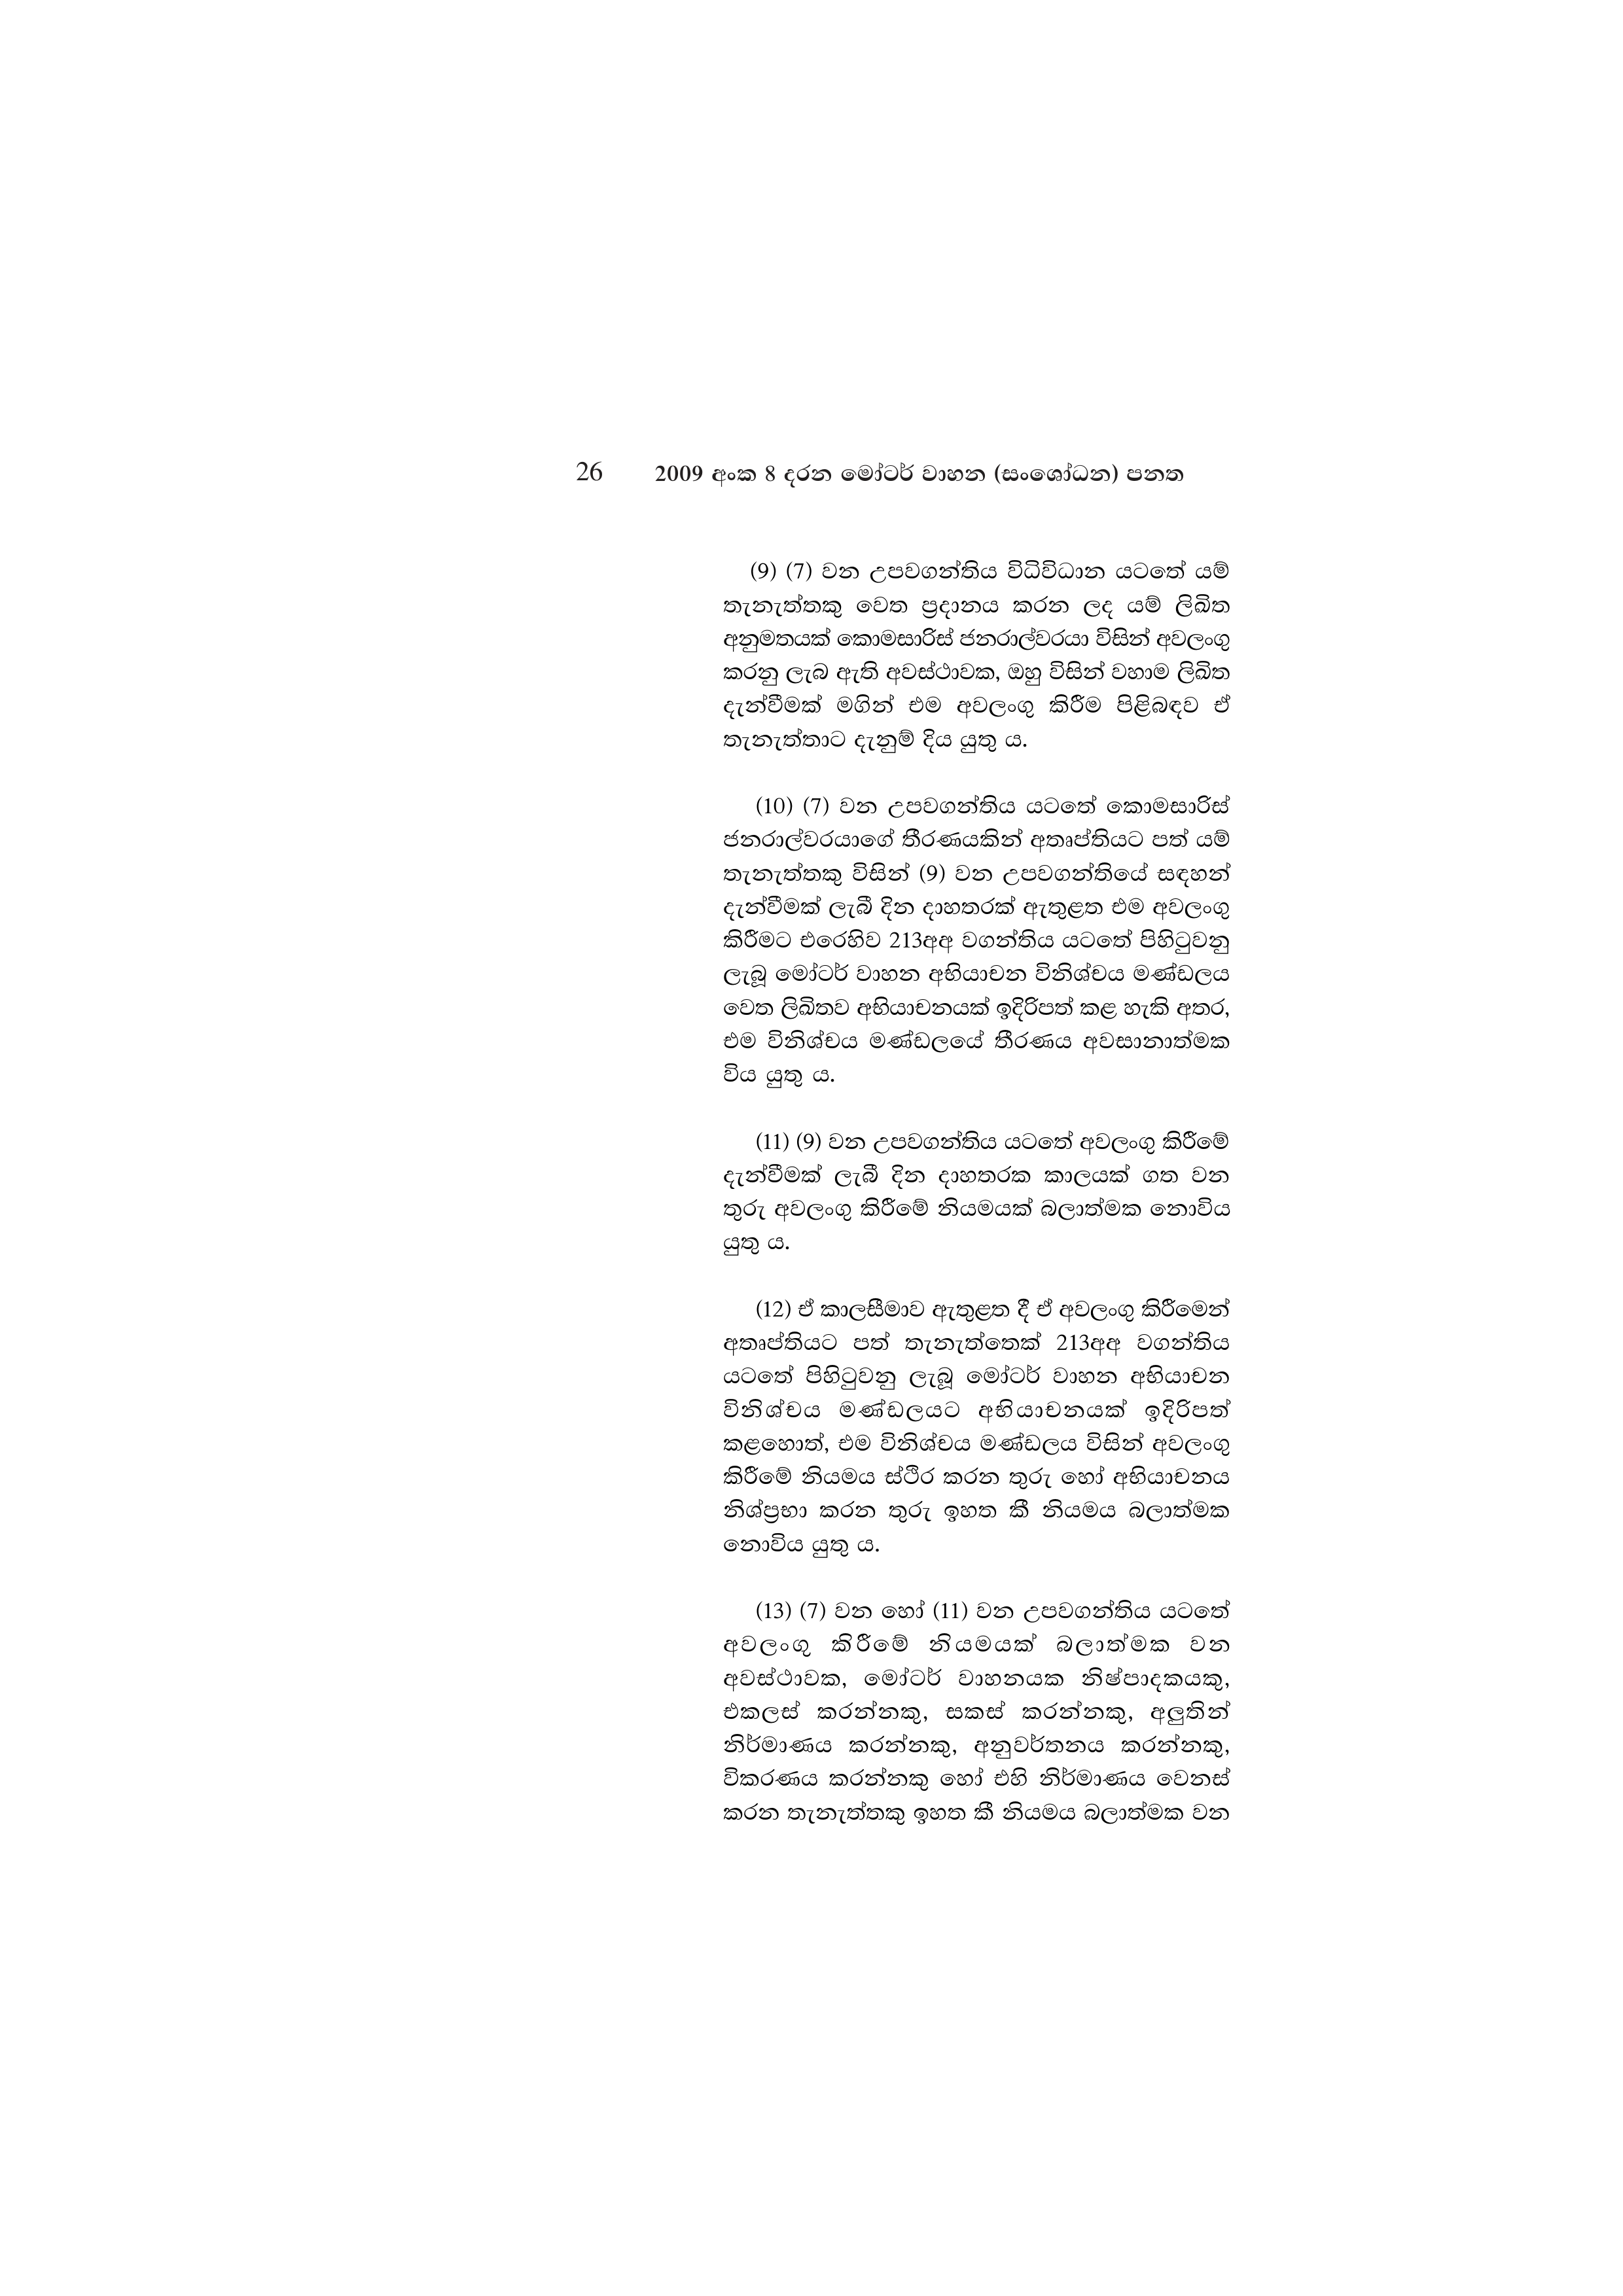
26 2009 අංක 8 දරන මෝටර් වාහන (සංශෝධන) පනත

(9) (7) වන උපවගන්තිය විධිවිධාන යටතේ යම්
තැනැත්තකු වෙත ප්‍රදානය කරන ලද යම් ලිඛිත
අනුමතයක් කොමසාරිස් ජනරාල්වරයා විසින් අවලංගු
කරනු ලැබ ඇති අවස්ථාවක, ඔහු විසින් වහාම ලිඛිත
දැන්වීමක් මගින් එම අවලංගු කිරීම පිළිබඳව ඒ
තැනැත්තාට දැනුම් දිය යුතු ය.

(10) (7) වන උපවගන්තිය යටතේ කොමසාරිස්
ජනරාල්වරයාගේ තීරණයකින් අතෘප්තියට පත් යම්
තැනැත්තකු විසින් (9) වන උපවගන්තියේ සඳහන්
දැන්වීමක් ලැබී දින දාහතරක් ඇතුළත එම අවලංගු
කිරීමට එරෙහිව 213අඅ වගන්තිය යටතේ පිහිටුවනු
ලැබූ මෝටර් වාහන අභියාචන විනිශ්චය මණ්ඩලය
වෙත ලිඛිතව අභියාචනයක් ඉදිරිපත් කළ හැකි අතර,
එම විනිශ්චය මණ්ඩලයේ තීරණය අවසානාත්මක
විය යුතු ය.

(11) (9) වන උපවගන්තිය යටතේ අවලංගු කිරීමේ
දැන්වීමක් ලැබී දින දාහතරක කාලයක් ගත වන
තුරු අවලංගු කිරීමේ නියමයක් බලාත්මක නොවිය
යුතු ය.

(12) ඒ කාලසීමාව ඇතුළත දී ඒ අවලංගු කිරීමෙන්
අතෘප්තියට පත් තැනැත්තෙක් 213අඅ වගන්තිය
යටතේ පිහිටුවනු ලැබූ මෝටර් වාහන අභියාචන
විනිශ්චය මණ්ඩලයට අභියාචනයක් ඉදිරිපත්
කළහොත්, එම විනිශ්චය මණ්ඩලය විසින් අවලංගු
කිරීමේ නියමය ස්ථිර කරන තුරු හෝ අභියාචනය
නිශ්ප්‍රභා කරන තුරු ඉහත කී නියමය බලාත්මක
නොවිය යුතු ය.

(13) (7) වන හෝ (11) වන උපවගන්තිය යටතේ
අවලංගු කිරීමේ නියමයක් බලාත්මක වන
අවස්ථාවක, මෝටර් වාහනයක නිෂ්පාදකයකු,
එකලස් කරන්නකු, සකස් කරන්නකු, අලුතින්
නිර්මාණය කරන්නකු, අනුවර්තනය කරන්නකු,
විකරණය කරන්නකු හෝ එහි නිර්මාණය වෙනස්
කරන තැනැත්තකු ඉහත කී නියමය බලාත්මක වන